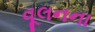
વૂલનના